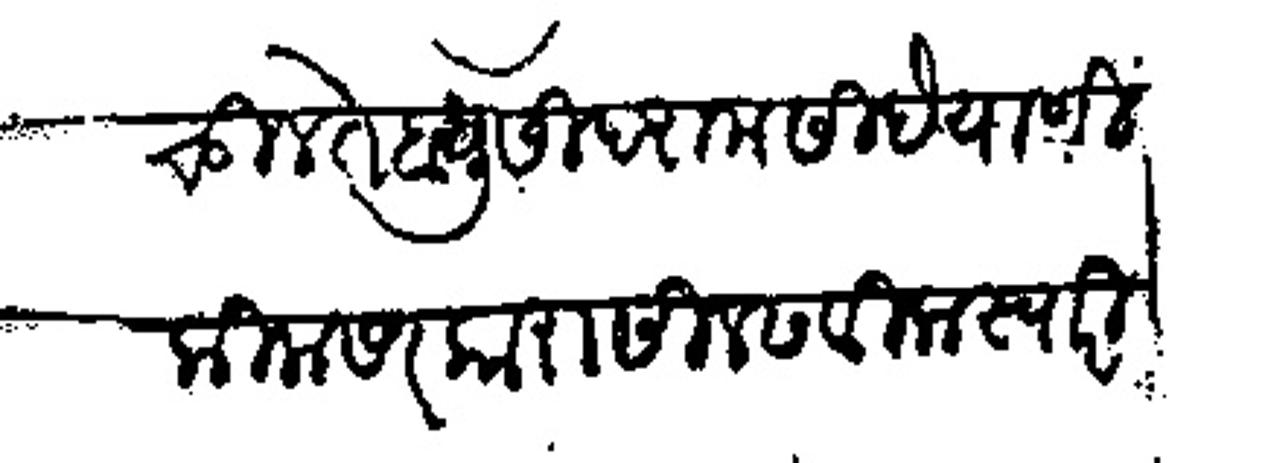
Transliteration (Devanagari): चुलते बंधु सिदराम सिदे याणी किला सरकारासी लढविला स्वारी